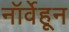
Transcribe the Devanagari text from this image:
नॉर्वेहून